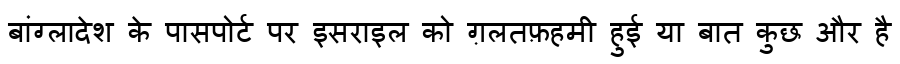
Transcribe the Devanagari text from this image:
बांग्लादेश के पासपोर्ट पर इसराइल को ग़लतफ़हमी हुई या बात कुछ और है